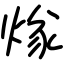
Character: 煫